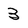
Character: 3